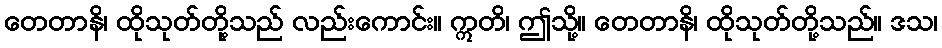
တေတာနိ၊ ထိုသုတ်တို့သည် လည်းကောင်း။ ဣတိ၊ ဤသို့။ တေတာနိ၊ ထိုသုတ်တို့သည်။ ဒသ၊